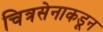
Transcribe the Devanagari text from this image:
चित्रसेनाकडून